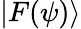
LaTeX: |F(\psi)\rangle